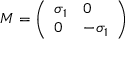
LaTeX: M = \left( \begin{array} { l l } { { \sigma _ { 1 } } } & { { 0 } } \\ { { 0 } } & { { - \sigma _ { 1 } } } \end{array} \right)